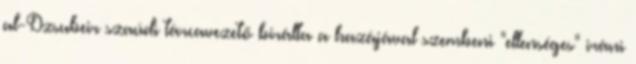
al-Dzsubeir szaúdi tárcavezető bírálta a hazájával szembeni "ellenséges" iráni